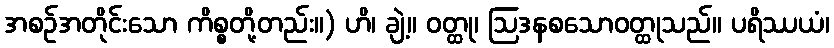
အစဉ်အတိုင်းသော ကိစ္စတို့တည်း။) ဟိ၊ ချဲ့။ ဝတ္ထု၊ ဩဒနစသောဝတ္ထုသည်။ ပရိဿယံ၊